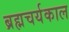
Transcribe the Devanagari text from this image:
ब्रह्मचर्यकाल